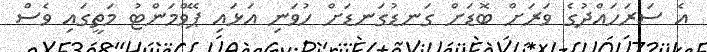
އެ ސަރަހައްދުގެ ވަރަށް ބޮޑަށް ގަނޑުގަނޑަށް ހުވަނި އަޅައި ޕޭވްމަންޓު މަތީގައި ވެސް